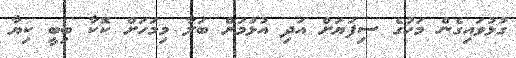
ގުޅުވައިގެން މަހުގެ ސިފަޔަށް އަދި އުޅުމަށް ބަލާ މިމަހަށް ކޮކާ ބިބީ ކިޔާ